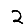
Digit: 2